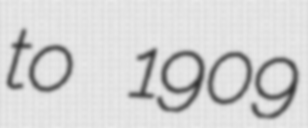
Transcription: to 1909